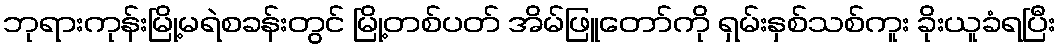
ဘုရားကုန်းမြို့မရဲစခန်းတွင် မြို့တစ်ပတ် အိမ်ဖြူတော်ကို ရှမ်းနှစ်သစ်ကူး ခိုးယူခံရပြီး